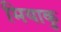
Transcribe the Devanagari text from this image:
मियाकु